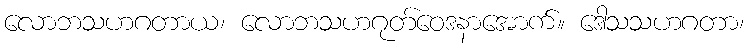
လောဘသဟဂတာယ၊ လောဘသဟဂုတ်ဝေဒနာအောက်။ ဒေါသသဟဂတာ၊